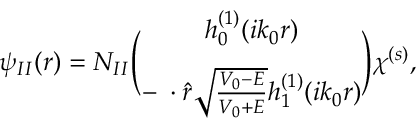
\psi _ { I I } ( r ) = N _ { I I } { \binom { h _ { 0 } ^ { ( 1 ) } ( i k _ { 0 } r ) } { - { \bf \sigma } \cdot \hat { r } \sqrt { \frac { V _ { 0 } - E } { V _ { 0 } + E } } h _ { 1 } ^ { ( 1 ) } ( i k _ { 0 } r ) } } \chi ^ { ( s ) } ,